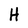
Character: H